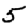
Digit: 5